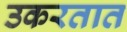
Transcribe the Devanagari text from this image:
उकरतात